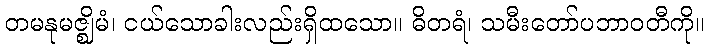
တမနုမဇ္ဈိမံ၊ ငယ်သောခါးလည်းရှိထသော။ ဓိတရံ၊ သမီးတော်ပဘာဝတီကို။